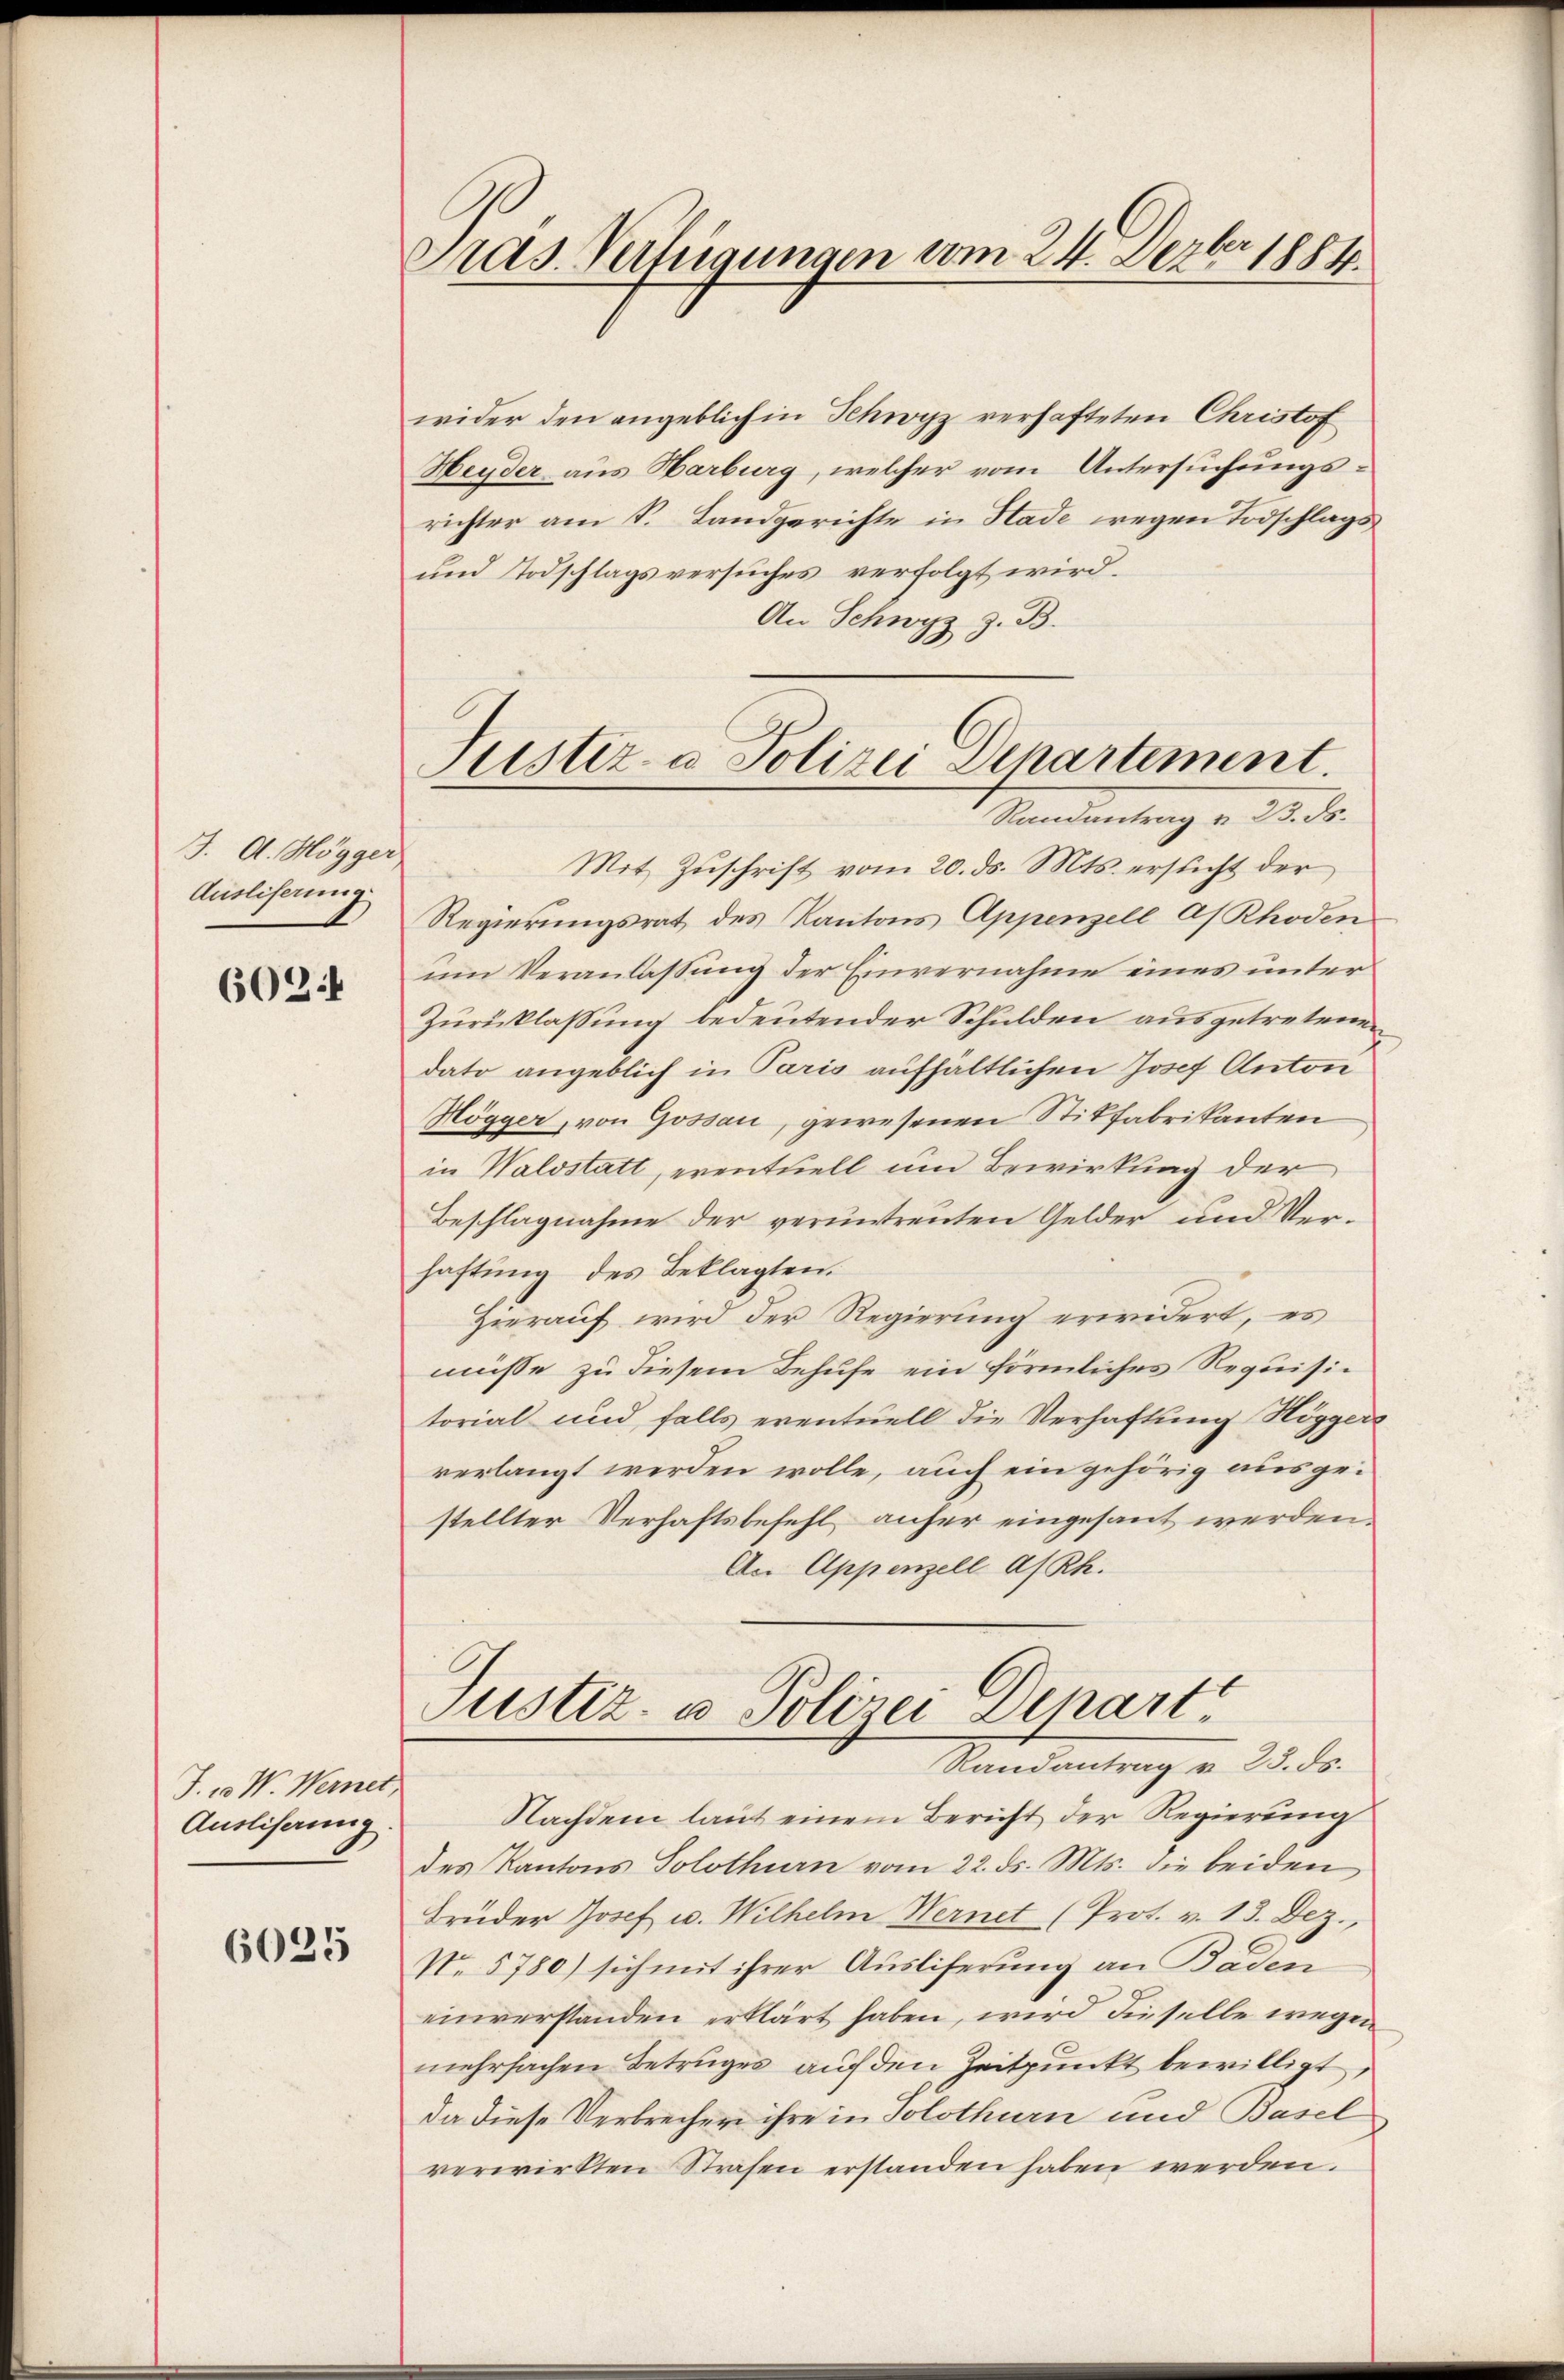
J. A. Högger
Ausliferung

6024

J. ca. W. Wernet,
Auslisaung

6025

Pras. Verfügungen vom 24. Dezbr 1884.

wider den angeblich in Schwyz verhafteten Christof
Heyder aus Harburg, welcher vom Untersuchungsrichter am S. Landgerichte in Stade wegen Todschlags
und Todschlagsversuches verfolgt wird.
An Schwyz z. B.

Justiz- & Polizei Departement.
Mandantung v. a. dr.

Mit Zŭschrift vom 20. ds. Mts. ersucht der
Regierungsrat des Kantons Appenzell As Rhoden
um Veranlassung der Einvernahme eines unter
Zurücklassung bedeutender Schulden ausgetretenen
dato angeblich in Paris aufhältlichen Josef Anton
Högger, von Gossau, gewesenen Stilfabrikanten
in Waldstatt, eventuell um Bewirkung der
Beschlagnahme der veruntreuten Gelder und Verhaftung des Beklagten.
Hierauf wird der Regierung erwidert, es
müsse zu diesem Behufe ein förmliches Requisitorial und falls eventuell die Verhaftung Höggers
verlangt werden wolle, auch ein gehörig ausgestellter Verhaftsbefehl anher eingesant werden.
An Appenzell a/Rh.
Justiz- & Polizei Depart
Randantrag v. 23. ds.
Nachdem laut einem Bericht der Regierung
des Kantons Solothurn vom 22. ds. Mts. die beiden
Brüder Josef u. Wilhelm Wernet (Prot. v. 13. Dez.,
No. 5780) sich mit ihrer Ausliferung an Baden
einverstanden erklärt haben, wird dieselbe wegen
mehrfachen Betruges auf den Zeitpunkt bewilligt,
da diese Verbrechen ihre in Solothurn und Basel
verwirkten Strafen erstanden haben werden.